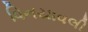
વિનયાવલી